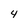
Character: 4